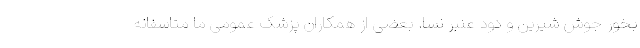
بخور جوش شیرین و دود عنبر نسا. بعضی از همکاران پزشک عمومی ما متاسفانه